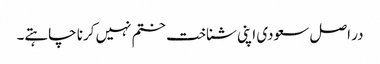
در اصل سعودی اپنی شناخت ختم نہیں کرنا چاہتے۔